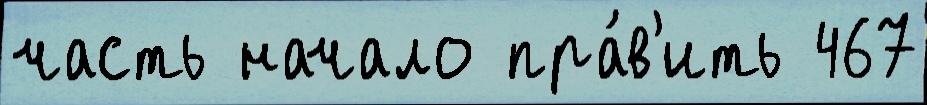
часть начало пра́в'ить 467